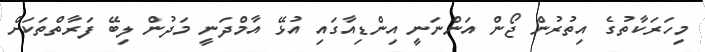
މިހަރަކާތުގެ އިތުރުން ޖޯން އަންނަނީ އިންޑިއާގައި އުޅޭ އާމްދަނީ މަދުން ލިބޭ ފަރާތްތަކަށް